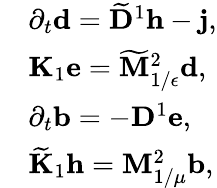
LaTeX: \begin{array}{rl}&{\partial_{t}\mathbf{d}=\widetilde{\mathbf{D}}^{1}\mathbf{h}-\mathbf{j},}\\ &{\mathbf{K}_{1}\mathbf{e}=\widetilde{\mathbf{M}}_{1/\epsilon}^{2}\mathbf{d},}\\ &{\partial_{t}\mathbf{b}=-\mathbf{D}^{1}\mathbf{e},}\\ &{\widetilde{\mathbf{K}}_{1}\mathbf{h}=\mathbf{M}_{1/\mu}^{2}\mathbf{b},}\end{array}